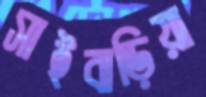
সাইবাড়িয়া